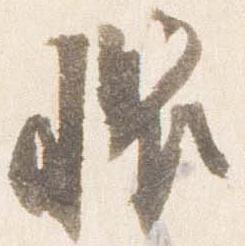
懼